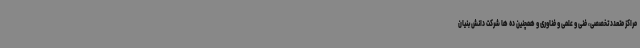
مراکز متعدد تخصصی، فنی و علمی و فناوری و همچنین ده ها شرکت دانش بنیان